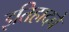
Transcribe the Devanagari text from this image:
इतिहादचे